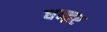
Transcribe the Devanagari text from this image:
धन्द्वर